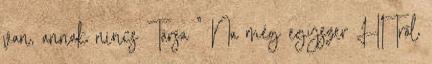
van, annak nincs Társa ” Na még egyszer HITről